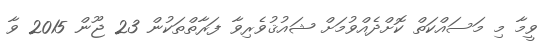
ވީމާ މި މަސައްކަތް ކޮށްދެއްވުމަށް ޝައުޤުވެރިވާ ފަރާތްތަކުން 23 ޖޫން 2015 ވާ